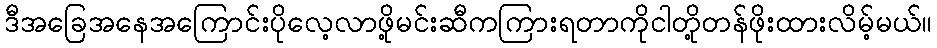
ဒီအခြေအနေအကြောင်းပိုလေ့လာဖို့မင်းဆီကကြားရတာကိုငါတို့တန်ဖိုးထားလိမ့်မယ်။